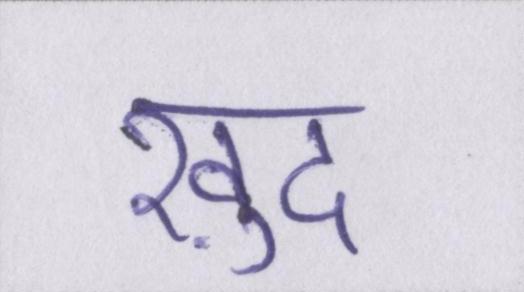
ख़ुद